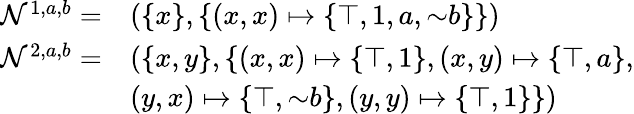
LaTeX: \begin{array}{rl}{\mathcal{N}^{1,a,b}=}&{(\{ x\} ,\{ (x,x)\mapsto\{ \top,1,a,{\sim}b\} \} )}\\ {\mathcal{N}^{2,a,b}=}&{(\{ x,y\} ,\{ (x,x)\mapsto\{ \top,1\} ,(x,y)\mapsto\{ \top,a\} ,}\\ &{(y,x)\mapsto\{ \top,{\sim}b\} ,(y,y)\mapsto\{ \top,1\} \} )}\end{array}